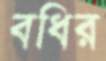
বধির